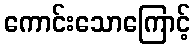
ကောင်းသောကြောင့်